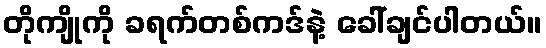
တိုကျိုကို ခရက်တစ်ကဒ်နဲ့ ခေါ်ချင်ပါတယ်။